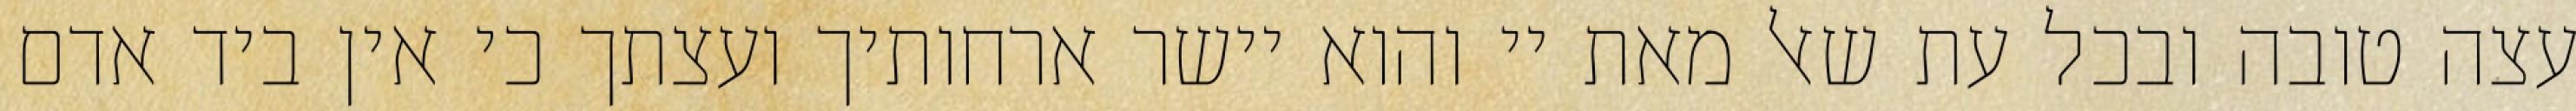
עצה טובה ובכל עת שאל מאת יי והוא יישר ארחותיך ועצתך כי אין ביד אדם